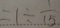
= 1 \div \frac { 1 } { 1 5 }